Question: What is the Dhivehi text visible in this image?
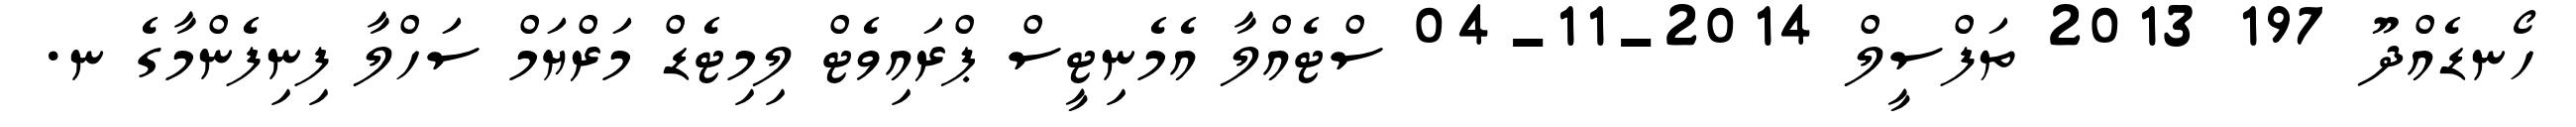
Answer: ހޯނޑެއްދޫ 197 2013 ތަފްސީލް 2014-11-04 ސްޓެއްލާ އެމެނިޓީސް ޕްރައިވެޓް ލިމިޓެޑް މަރްޔަމް ސަހްލާ ފިނިފެންމާގެ ނ.